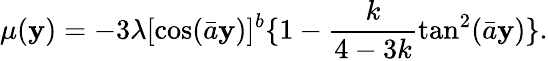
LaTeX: \mu(\mathbf{y})=-3\lambda[\cos(\bar{{a}}\mathbf{y})]^{b}\{ 1-\frac{{k}}{{4-3k}}\tan^{2}(\bar{{a}}\mathbf{y})\} .